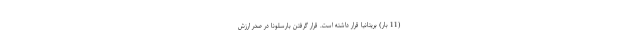
(11 بار) بریتانیا قرار داشته است. قرار گرفتن بارسلونا در صدر ارزش